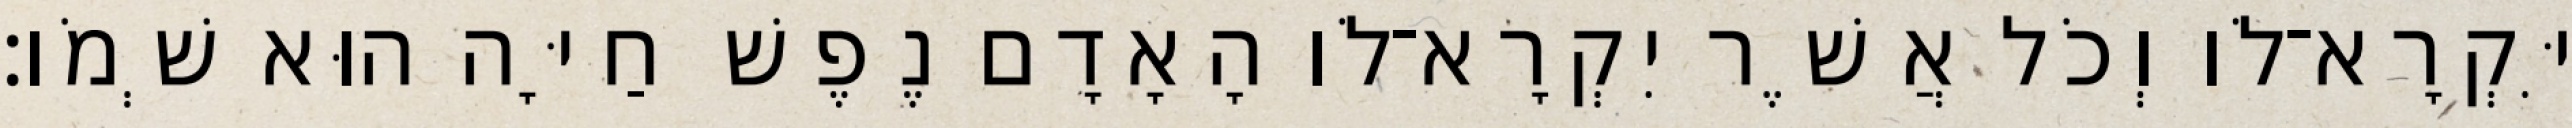
יִּקְרָא־לֹו וְכֹל אֲשֶׁר יִקְרָא־לֹו הָאָדָם נֶפֶשׁ חַיָּה הוּא שְׁמֹו׃